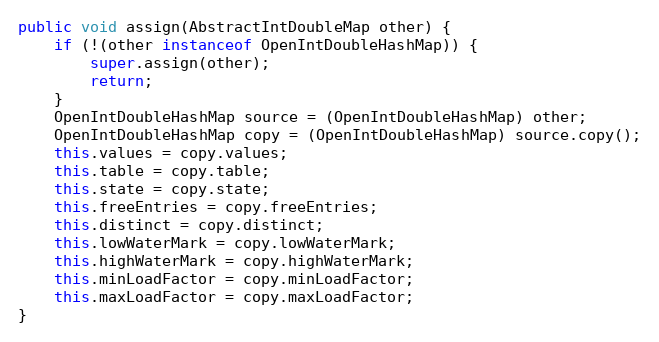
Language: Java
public void assign(AbstractIntDoubleMap other) {
	if (!(other instanceof OpenIntDoubleHashMap)) {
		super.assign(other);
		return;
	}
	OpenIntDoubleHashMap source = (OpenIntDoubleHashMap) other;
	OpenIntDoubleHashMap copy = (OpenIntDoubleHashMap) source.copy();
	this.values = copy.values;
	this.table = copy.table;
	this.state = copy.state;
	this.freeEntries = copy.freeEntries;
	this.distinct = copy.distinct;
	this.lowWaterMark = copy.lowWaterMark;
	this.highWaterMark = copy.highWaterMark;
	this.minLoadFactor = copy.minLoadFactor;
	this.maxLoadFactor = copy.maxLoadFactor;
}